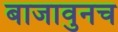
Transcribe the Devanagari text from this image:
बाजावुनच